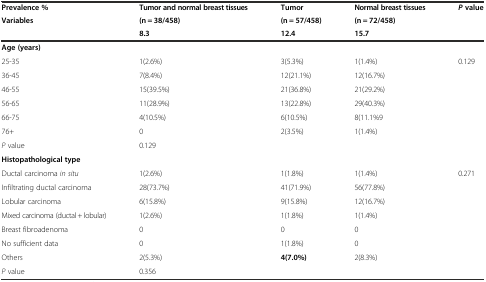
| Prevalence % | Tumor and normal breast tissues | Tumor | Normal breast tissues | <ROWSPAN=3> Pvalue |
 | <ROWSPAN=2> Variables | (n = 38/458) | (n = 57/458) | (n = 72/458) |
 | 8.3 | 12.4 | 15.7 |
 | --- | --- | --- | --- | --- |
 | <COLSPAN=5> Age (years) |
 | 25-35 | 1(2.6%) | 3(5.3%) | 1(1.4%) | 0.129 |
 | 36-45 | 7(8.4%) | 12(21.1%) | 12(16.7%) |  |
 | 46-55 | 15(39.5%) | 21(36.8%) | 21(29.2%) |  |
 | 56-65 | 11(28.9%) | 13(22.8%) | 29(40.3%) |  |
 | 66-75 | 4(10.5%) | 6(10.5%) | 8(11.1%9 |  |
 | 76+ | 0 | 2(3.5%) | 1(1.4%) |  |
 | P value | 0.129 |  |  |  |
 | <COLSPAN=5> Histopathological type |
 | Ductal carcinoma in situ | 1(2.6%) | 1(1.8%) | 1(1.4%) | 0.271 |
 | Infiltrating ductal carcinoma | 28(73.7%) | 41(71.9%) | 56(77.8%) |  |
 | Lobular carcinoma | 6(15.8%) | 9(15.8%) | 12(16.7%) |  |
 | Mixed carcinoma (ductal + lobular) | 1(2.6%) | 1(1.8%) | 1(1.4%) |  |
 | Breast fibroadenoma | 0 | 0 | 0 |  |
 | No sufficient data | 0 | 1(1.8%) | 0 |  |
 | Others | 2(5.3%) | 4(7.0%) | 2(8.3%) |  |
 | P value | 0.356 |  |  |  |